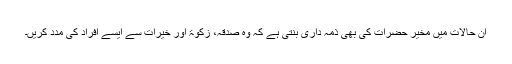
ان حالات میں مخیر حضرات کی بھی ذمہ داری بنتی ہے کہ وہ صدقہ، زکوۃ اور خیرات سے ایسے افراد کی مدد کریں۔